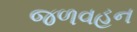
જળવહન